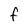
Character: f